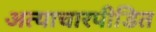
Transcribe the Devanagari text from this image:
अत्याचारपीडित